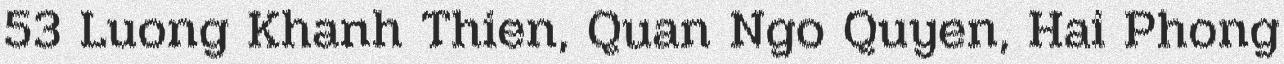
53 Luong Khanh Thien, Quan Ngo Quyen, Hai Phong